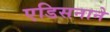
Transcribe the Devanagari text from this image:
एडिसनाने